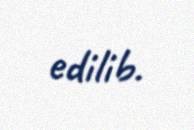
edilib.